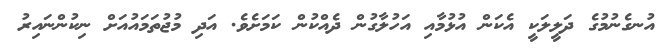
އުނގެނުމުގެ ދަލީލަކީ އެކަން އުޅުމާއި އަހުލާގުން ދެއްކުން ކަމަށެވެ. އަދި މުޖުތަމައުއަށް ނިކުންނައިރު